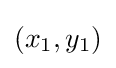
(x_{1},y_{1})